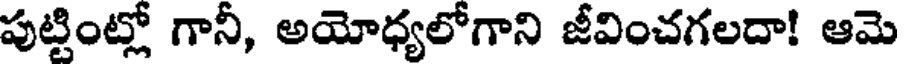
పుట్టింట్లో గానీ, అయోధ్యలోగాని జీవించగలదా! ఆమె